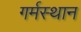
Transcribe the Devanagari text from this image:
गर्मस्थान